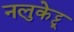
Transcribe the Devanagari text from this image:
नलुकेट्टू